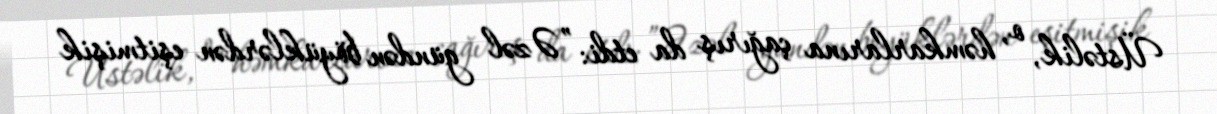
Üstəlik, o, həmkarlarına çağırış da etdi: ”Əzəl gündən böyüklərdən eşitmişik